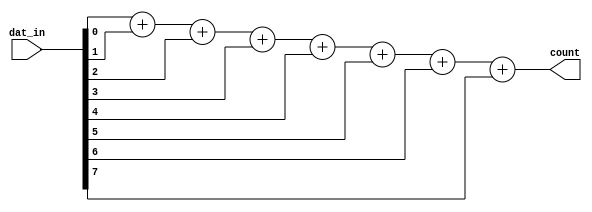
module ones_count(
    output [3:0] count,
    input [7:0] dat_in
);
    assign  count = dat_in[0] + dat_in[1] + dat_in[2] + dat_in[3] +
                    dat_in[4] + dat_in[5] + dat_in[6] + dat_in[7];

endmodule